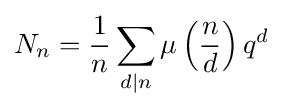
N_{n}={\frac {1}{n}}\sum _{d\mid n}\mu \left({\frac {n}{d}}\right)q^{d}